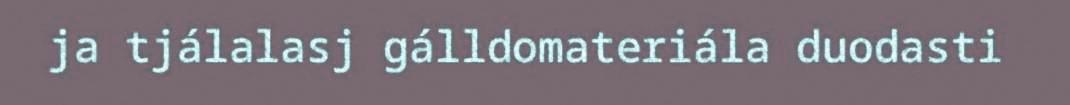
ja tjálalasj gálldomateriála duodasti